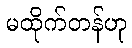
မထိုက်တန်ဟု